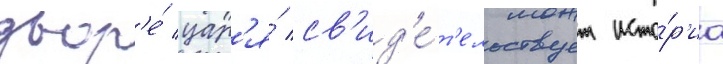
двор'е́ цар'я́ св'ид'е́т'ельствует исто́р'иа